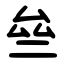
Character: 亝